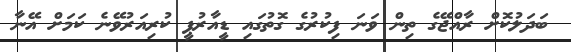
ބަދަލުކޮށް ރާއްޖޭގެ ތިން ވަނަ ފިކުރުގެ ގޮތުގައި ޑީއާރުޕީ ކުރިއަރުވޭނެ ކަމަށް އޭނާ